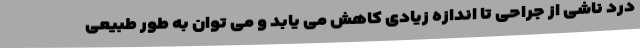
درد ناشی از جراحی تا اندازه زیادی کاهش می یابد و می توان به طور طبیعی